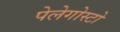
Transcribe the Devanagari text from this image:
पेलेगोस्टो